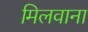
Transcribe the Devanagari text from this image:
मिलवाना